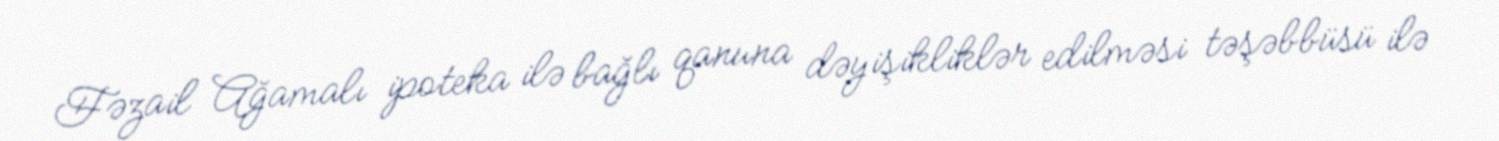
Fəzail Ağamalı ipoteka ilə bağlı qanuna dəyişikliklər edilməsi təşəbbüsü ilə